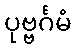
ပုဗ္ဗင်္ဂမံ